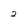
Character: 2